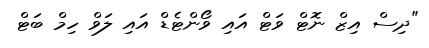
"ދިސް އިޒް ނޮޓް ވަޓް އައި ވޯންޓެޑް އައި ލަވް ހިމް ބަޓް